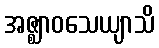
အဇ္ဈာဝသေယျာသိ